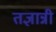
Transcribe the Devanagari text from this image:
तज्ञान्नी